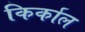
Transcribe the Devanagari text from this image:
किर्काल